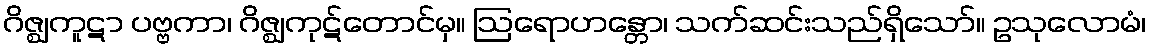
ဂိဇ္ဈကူဋာ ပဗ္ဗကာ၊ ဂိဇ္ဈကုဋ်တောင်မှ။ ဩရောဟန္တော၊ သက်ဆင်းသည်ရှိသော်။ ဥသုလောမံ၊